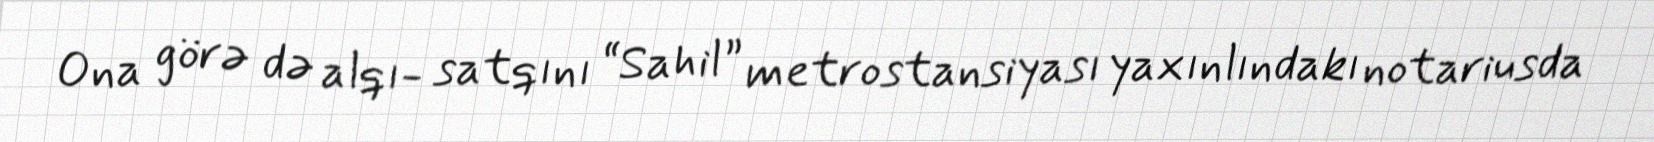
Ona görə də alqı- satqını “Sahil” metrostansiyası yaxınlındakı notariusda